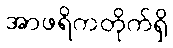
အာဖရိကတိုက်ရှိ